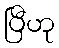
ပြီဟု